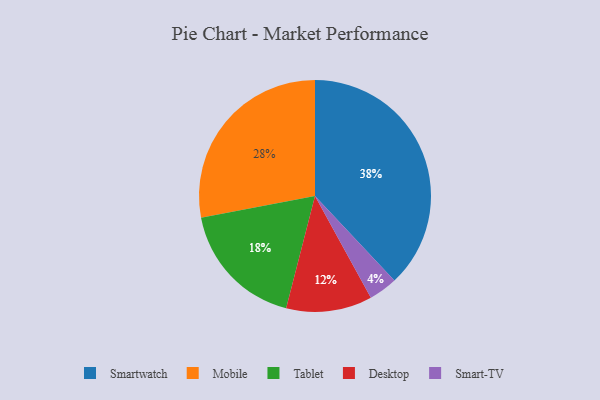
{"axis": {"x": "Category", "y": "Percentage"}, "legend": ["Desktop", "Mobile", "Smart-TV", "Smartwatch", "Tablet"], "data": [{"x": "Desktop", "y": 12, "type": "Desktop"}, {"x": "Tablet", "y": 18, "type": "Tablet"}, {"x": "Smart-TV", "y": 4, "type": "Smart-TV"}, {"x": "Smartwatch", "y": 38, "type": "Smartwatch"}, {"x": "Mobile", "y": 28, "type": "Mobile"}]}